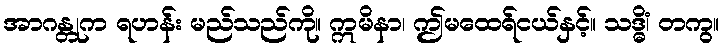
အာဂန္တုက ရဟန်း မည်သည်ကို။ ဣမိနာ၊ ဤမထေရ်ငယ်နှင့်။ သဒ္ဓိံ၊ တကွ။